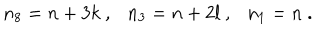
LaTeX: n _ { 8 } = n + 3 k \ , \ \ \ n _ { 3 } = n + 2 l \ , \ \ \ n _ { 1 } = n \ .